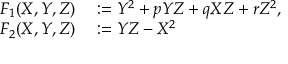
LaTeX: \begin{array} { r l } { F _ { 1 } ( X , Y , Z ) } & { { } : = Y ^ { 2 } + p Y Z + q X Z + r Z ^ { 2 } , } \\ { F _ { 2 } ( X , Y , Z ) } & { { } : = Y Z - X ^ { 2 } } \end{array}